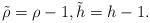
LaTeX: \begin{align*} \tilde{\rho}=\rho-1,\tilde{h}=h-1.\end{align*}